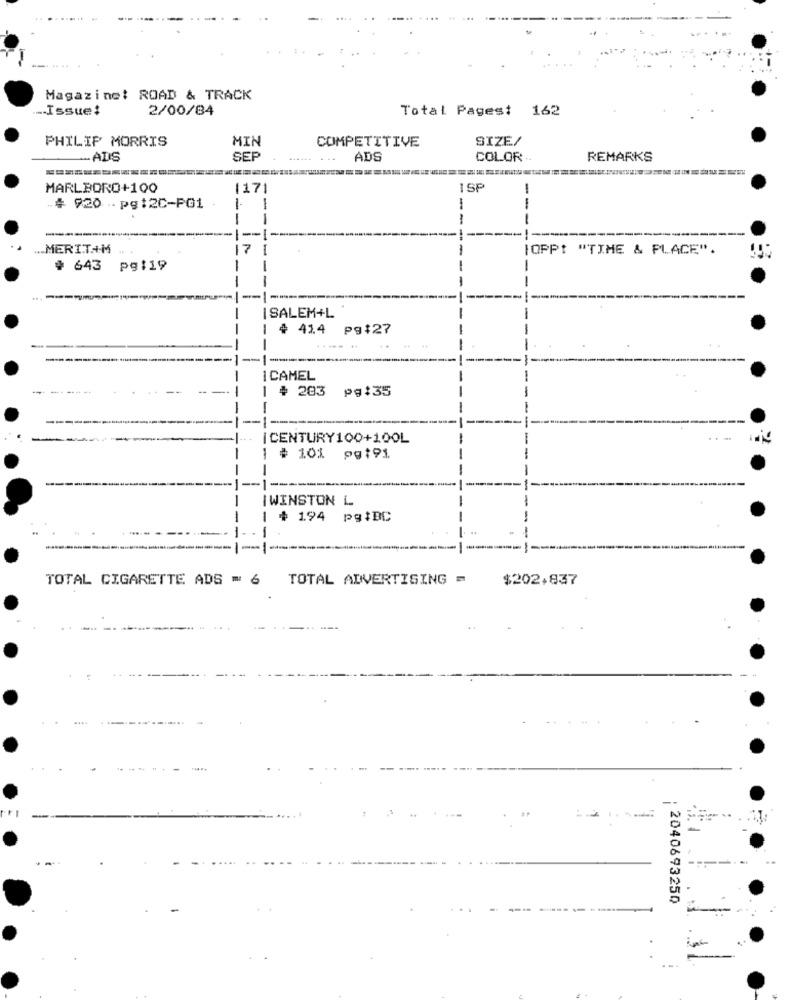
Magazine: ROAD & TRACK
-Issue!
2/00/84
Total Pagest 162
PHILIP MORRIS
MIN
COMPETITIVE
SIZE/
ALS
SER
ADS
COLOR:
REMARKS
MARLBORO+100
1171
SP
-# 920 .pg:2C-PG1
--
--
.. MERITAM
[OPPt "TIME & PLACE".
# 643
pg :19
-
-
SALEM+L
| 4 414 pg:27
I CAMEL
| # 283
pg:35
CENTURY100+100L
| # 10% pg:91
-
IWINSTON L
$ 194 pg:BC
--
TOTAL CIGARETTE ADS = 6
TOTAL ADVERTISING =
$202.837
-
: 2040693250